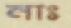
নাঃ